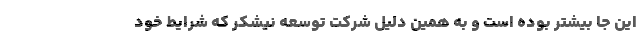
این جا بیشتر بوده است و به همین دلیل شرکت توسعه نیشکر که شرایط خود